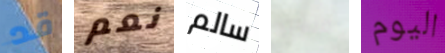
قد نعم سالم مبادرة اليوم